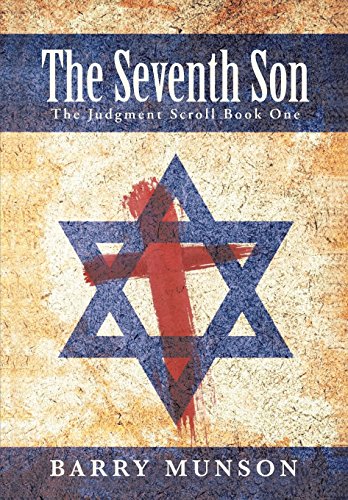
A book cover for The Seventh Son; Barry Munson; Christian Books & Bibles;